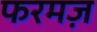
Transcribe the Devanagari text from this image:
फरमज़